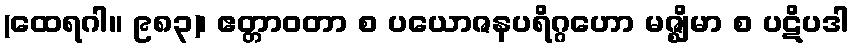
(ထေရဂါ။ ၉၈၃)၊ ဧတ္တာဝတာ စ ပယောဇနပရိဂ္ဂဟော မဇ္ဈိမာ စ ပဋိပဒါ